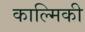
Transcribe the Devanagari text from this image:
काल्मिकी